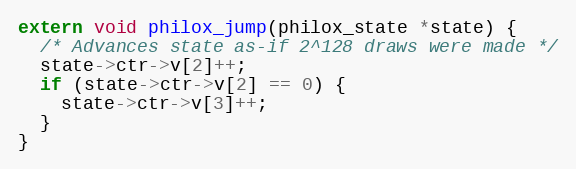
Language: C
extern void philox_jump(philox_state *state) {
  /* Advances state as-if 2^128 draws were made */
  state->ctr->v[2]++;
  if (state->ctr->v[2] == 0) {
    state->ctr->v[3]++;
  }
}